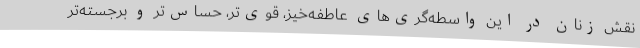
نقش زنان در این واسطه‌گری‌های عاطفه‌خیز، قوی‌تر، حساس‌تر و برجسته‌تر